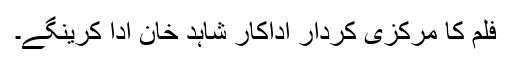
فلم کا مرکزی کردار اداکار شاہد خان ادا کرینگے۔